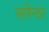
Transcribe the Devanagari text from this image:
सतेन्दर